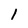
Character: l